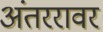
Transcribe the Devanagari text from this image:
अंतररावर